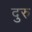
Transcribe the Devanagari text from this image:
दुरु